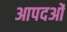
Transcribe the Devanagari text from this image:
आपदओं